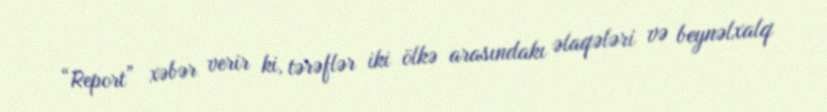
“Report” xəbər verir ki, tərəflər iki ölkə arasındakı əlaqələri və beynəlxalq